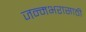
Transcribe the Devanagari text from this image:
जन्मभरासाठी